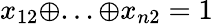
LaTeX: x_{12}\oplus...\oplus x_{n2}=1